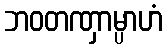
ဘဝတဏှာမ္ပာဟံ